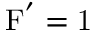
\mathrm { F ^ { ' } = 1 }